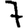
Digit: 7